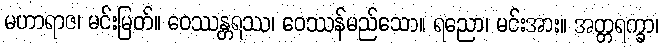
မဟာရာဇ၊ မင်းမြတ်။ ဝေဿန္တရဿ၊ ဝေဿန်မည်သော။ ရညော၊ မင်းအား။ အတ္တရက္ခာ၊